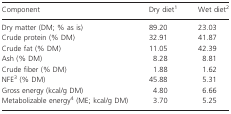
<table><thead><tr><td><b>Component</b></td><td><b>Dry diet1</b></td><td><b>Wet diet2</b></td></tr></thead><tbody><tr><td>Dry matter (DM; % as is)</td><td>89.20</td><td>23.03</td></tr><tr><td>Crude protein (% DM)</td><td>32.91</td><td>41.87</td></tr><tr><td>Crude fat (% DM)</td><td>11.05</td><td>42.39</td></tr><tr><td>Ash (% DM)</td><td>8.28</td><td>8.81</td></tr><tr><td>Crude fiber (% DM)</td><td>1.88</td><td>1.62</td></tr><tr><td>NFE3 (% DM)</td><td>45.88</td><td>5.31</td></tr><tr><td>Gross energy (kcal/g DM)</td><td>4.80</td><td>6.66</td></tr><tr><td>Metabolizable energy4 (ME; kcal/g DM)</td><td>3.70</td><td>5.25</td></tr></tbody></table>